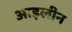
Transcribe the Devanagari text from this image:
आइलीन